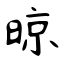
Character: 晾